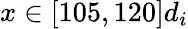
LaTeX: x\in[105,120]d_{i}